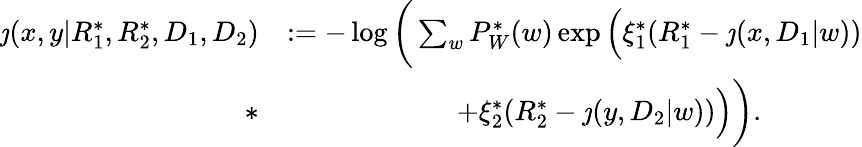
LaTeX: \begin{array}{rl}{\jmath(x,y|R_{1}^{*},R_{2}^{*},D_{1},D_{2})}&{:=-\log\bigg(\sum_{w}P_{W}^{*}(w)\exp\Big(\xi_{1}^{*}(R_{1}^{*}-\jmath(x,D_{1}|w))}\\ {*}&{\qquad\qquad\qquad+\xi_{2}^{*}(R_{2}^{*}-\jmath(y,D_{2}|w))\Big)\bigg).}\end{array}